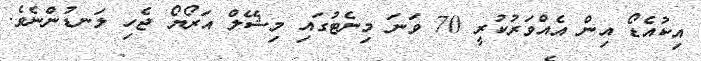
އިކުއެޑޯ އިން އެއްވަރުކުރީ 70 ވަނަ މިނެޓުގައި މިޝޭލް އަރޯޔޯ ޖެހި ލަނޑުންނެވެ.